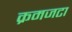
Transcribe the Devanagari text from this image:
क्रमजटा